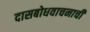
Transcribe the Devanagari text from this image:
दासबोधवाचनाची